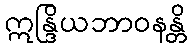
ဣန္ဒြိယဘာဝနန္တိ